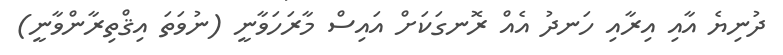
ދުނިޔެ އާއި އިރާއި ހަނދު އެއް ރޮނގަކަށް އައިސް މާރަހަވާނީ (ނުވަތަ އިޤްތިރާންވާނީ)